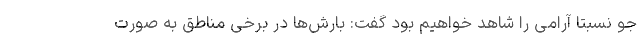
جو نسبتا آرامی را شاهد خواهیم بود گفت: بارش‌ها در برخی مناطق به صورت